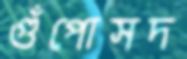
গুঁপোসদ